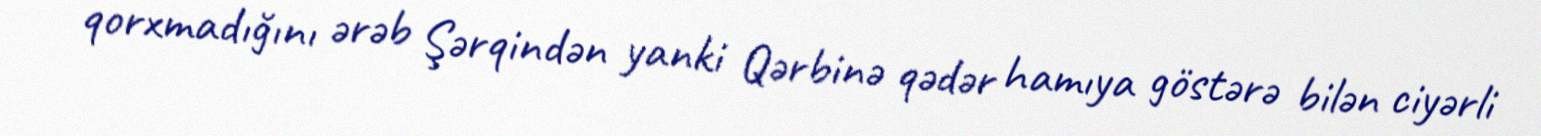
qorxmadığını ərəb Şərqindən yanki Qərbinə qədər hamıya göstərə bilən ciyərli